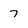
Character: 7